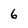
Character: 6